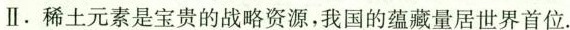
Ⅱ.稀土元素是宝贵的战略资源，我国的蕴藏量居世界首位.